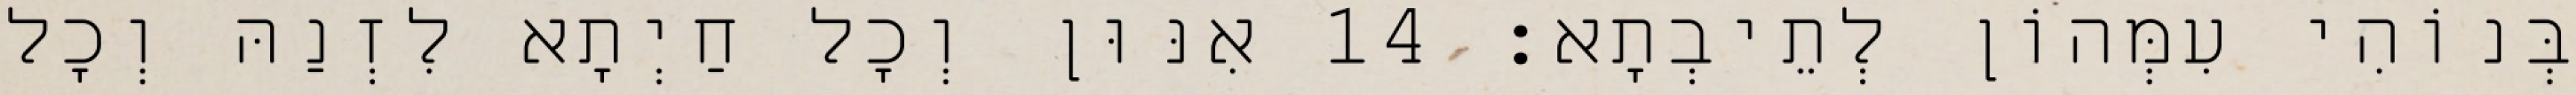
בְּנוֹהִי עִמְּהוֹן לְתֵיבְתָא׃ 14 אִנּוּן וְכָל חַיְתָא לִזְנַהּ וְכָל